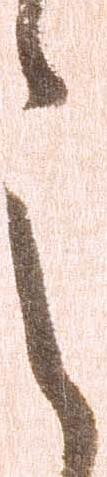
之